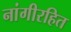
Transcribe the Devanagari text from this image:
नांगीरहित